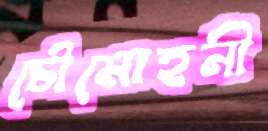
চৌমোহনী